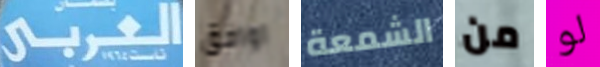
العربي اوافق الشمعة من لو